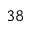
^ { 3 8 }